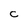
Character: C